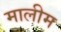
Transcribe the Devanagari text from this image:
मालीम